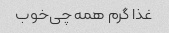
غذا گرم همه چی‌خوب